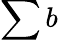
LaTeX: \sum b